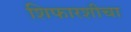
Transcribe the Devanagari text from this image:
शिफारशीचा